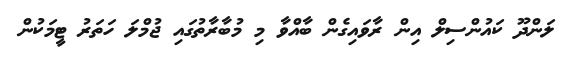
ލަންދޫ ކައުންސިލް އިން ރާވައިގެން ބާއްވާ މި މުބާރާތުގައި ޖުމްލަ ހަތަރު ޓީމަކުން